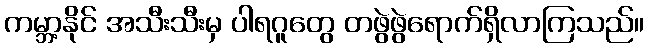
ကမ္ဘာ့နိုင် အသီးသီးမှ ပါရဂူတွေ တဖွဲဖွဲရောက်ရှိလာကြသည်။